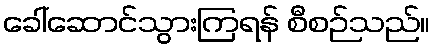
ခေါ်ဆောင်သွားကြရန် စီစဉ်သည်။